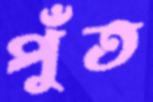
পুঁত